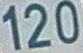
120